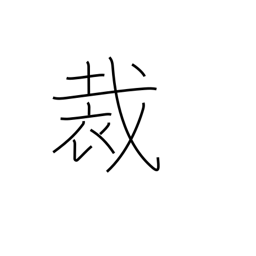
Meaning: decision